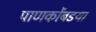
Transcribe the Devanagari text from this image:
पाणकोंबडया